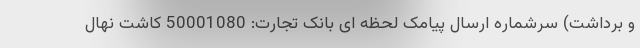
و برداشت) سرشماره ارسال پیامک لحظه ای بانک تجارت: 50001080 کاشت نهال